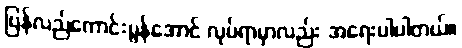
ပြန်လည်ကောင်းမွန်အောင် လုပ်ရာမှာလည်း အရေးပါပါတယ်။